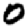
Digit: 0